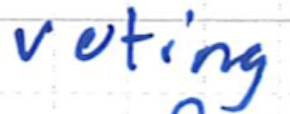
Text: voting
Cross-out: clean
Writing tool: ballpoint